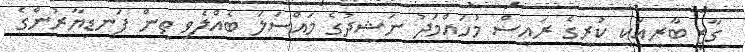
ގާޒީ ބާރީއަކީ ކުރީގެ ރައީސް މުހައްމަދު ނަޝީދުގެ މައްސަލަ ބެއްލެވި ތިން ފަނޑިޔާރުންގެ